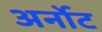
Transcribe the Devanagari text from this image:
अर्नोट